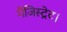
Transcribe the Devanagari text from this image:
मैजिस्ट्रेट।